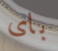
باى